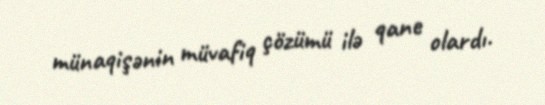
münaqişənin müvafiq çözümü ilə qane olardı.